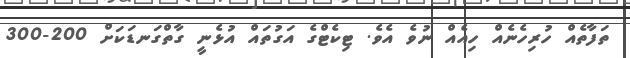
ތަފާތެއް ހުރިހެނެއް ހިއެއް ނުވެ އެވެ. ޓިކެޓްގެ އަގުތައް އުޅެނީ ގާތްގަނޑަކަށް 200-300